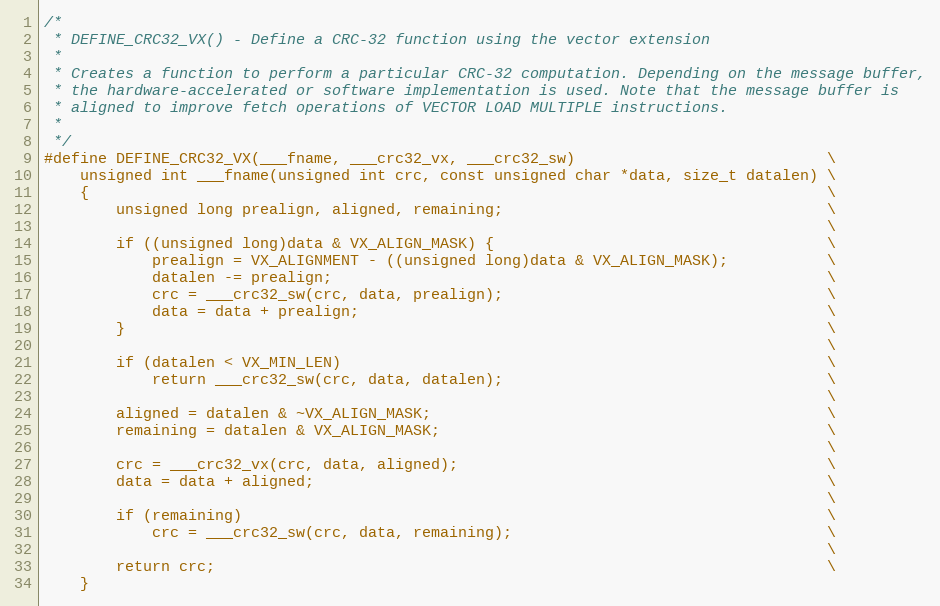
Language: C
/*
 * DEFINE_CRC32_VX() - Define a CRC-32 function using the vector extension
 *
 * Creates a function to perform a particular CRC-32 computation. Depending on the message buffer,
 * the hardware-accelerated or software implementation is used. Note that the message buffer is
 * aligned to improve fetch operations of VECTOR LOAD MULTIPLE instructions.
 *
 */
#define DEFINE_CRC32_VX(___fname, ___crc32_vx, ___crc32_sw)                            \
    unsigned int ___fname(unsigned int crc, const unsigned char *data, size_t datalen) \
    {                                                                                  \
        unsigned long prealign, aligned, remaining;                                    \
                                                                                       \
        if ((unsigned long)data & VX_ALIGN_MASK) {                                     \
            prealign = VX_ALIGNMENT - ((unsigned long)data & VX_ALIGN_MASK);           \
            datalen -= prealign;                                                       \
            crc = ___crc32_sw(crc, data, prealign);                                    \
            data = data + prealign;                                                    \
        }                                                                              \
                                                                                       \
        if (datalen < VX_MIN_LEN)                                                      \
            return ___crc32_sw(crc, data, datalen);                                    \
                                                                                       \
        aligned = datalen & ~VX_ALIGN_MASK;                                            \
        remaining = datalen & VX_ALIGN_MASK;                                           \
                                                                                       \
        crc = ___crc32_vx(crc, data, aligned);                                         \
        data = data + aligned;                                                         \
                                                                                       \
        if (remaining)                                                                 \
            crc = ___crc32_sw(crc, data, remaining);                                   \
                                                                                       \
        return crc;                                                                    \
    }